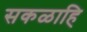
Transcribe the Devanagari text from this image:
सकळाहि